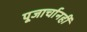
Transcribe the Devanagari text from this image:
पूजार्चानहीं